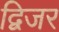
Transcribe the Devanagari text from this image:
द्विजर